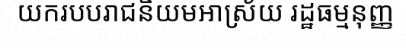
យករបបរាជនិយមអាស្រ័យ រដ្ឋធម្មនុញ្ញ